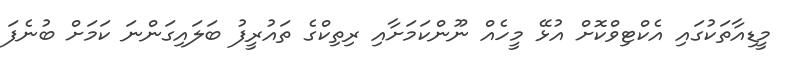
މީޑިއާތަކުގައި އެކްޓިވްކޮށް އުޅޭ މީހެއް ނޫންކަމަށާއި ރިތިކްގެ ތައުރީފު ބަލައިގަންނަ ކަމަށް ބުނެފަ